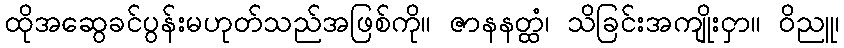
ထိုအဆွေခင်ပွန်းမဟုတ်သည်အဖြစ်ကို။ ဇာနနတ္ထံ၊ သိခြင်းအကျိုးငှာ။ ဝိညူ၊